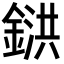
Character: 𨩅